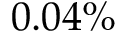
0 . 0 4 \%